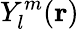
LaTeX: Y_{l}^{m}(\mathbf{r})